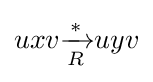
uxv{\xrightarrow[{R}]{*}}uyv